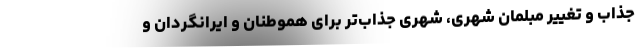
جذاب و تغییر مبلمان شهری، شهری جذاب‌تر برای هموطنان و ایرانگردان و